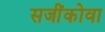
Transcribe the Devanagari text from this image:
सजींकोवा